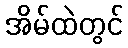
အိမ်ထဲတွင်